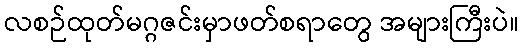
လစဉ်ထုတ်မဂ္ဂဇင်းမှာဖတ်စရာတွေ အများကြီးပဲ။